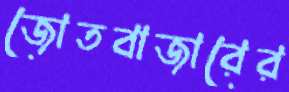
জোতবাজারের